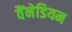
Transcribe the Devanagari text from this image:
वैंनेडियम